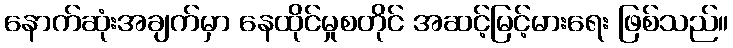
နောက်ဆုံးအချက်မှာ နေထိုင်မှုစတိုင် အဆင့်မြင့်မားရေး ဖြစ်သည်။